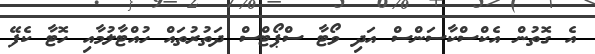
އެ ގޮތުން އެކްސްކާސަންސް އަދި ވޯޓާ ސްޕޯޓްސް ދަތުރުތައް ހުއްޓާލުމާއި ހޮޓާ ކެފޭ